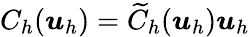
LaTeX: C_{h}(\boldsymbol{u}_{h})=\widetilde{C}_{h}(\boldsymbol{u}_{h})\boldsymbol{u}_{h}